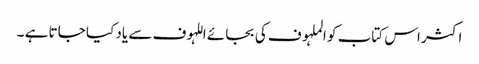
اکثر اس کتاب کو الملہوف کی بجائے اللہوف سے یاد کیا جاتا ہے ۔